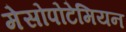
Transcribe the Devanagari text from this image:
मेसोपोटेमियन